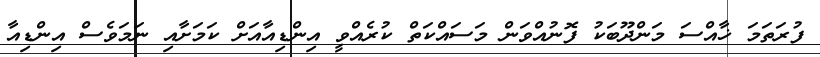
ފުރަތަމަ ޚާއްސަ މަންދޫބަކު ފޮނުއްވަން މަސައްކަތް ކުރެއްވީ އިންޑިއާއަށް ކަމަށާއި ނަމަވެސް އިންޑިއާ